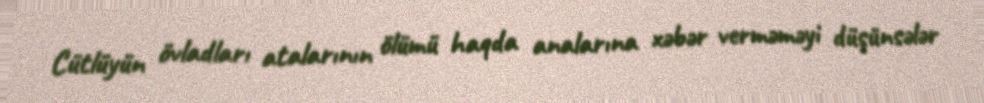
Cütlüyün övladları atalarının ölümü haqda analarına xəbər verməməyi düşünsələr